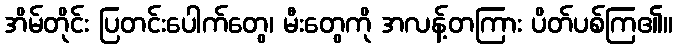
အိမ်တိုင်း ပြတင်းပေါက်တွေ၊ မီးတွေကို အလန့်တကြား ပိတ်ပစ်ကြ၏။